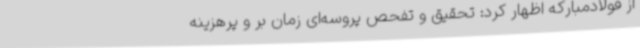
از فولادمبارکه اظهار کرد: تحقیق و تفحص پروسه‌ای زمان بر و پرهزینه